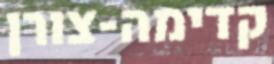
קדימה-צורן